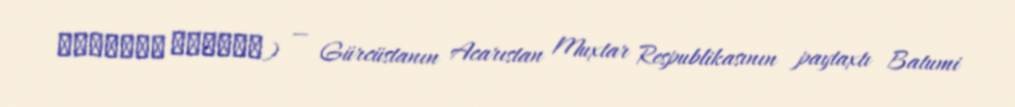
ბათუმის მეჩეთი) — Gürcüstanın Acarıstan Muxtar Respublikasının paytaxtı Batumi